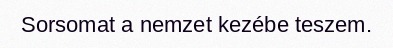
Sorsomat a nemzet kezébe teszem.